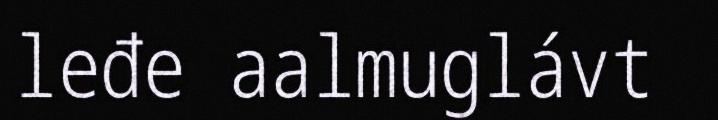
leđe aalmuglávt